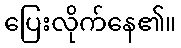
ပြေးလိုက်နေ၏။